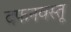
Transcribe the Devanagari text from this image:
दफनवस्तू